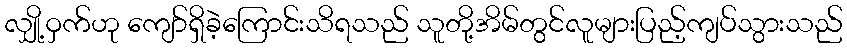
လျှို့ဝှက်ဟု ကျော်ရှိခဲ့ကြောင်းသိရသည် သူတို့အိမ်တွင်လူများပြည့်ကျပ်သွားသည်